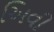
અિવી